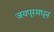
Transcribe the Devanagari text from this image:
जयपूरमधून